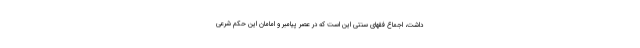
داشت، اجماع فقهای سنتی این است که در عصر پیامبر و امامان این حکم شرعی